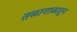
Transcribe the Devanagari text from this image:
तळागाळातून